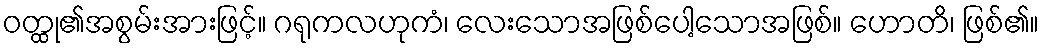
ဝတ္ထု၏အစွမ်းအားဖြင့်။ ဂရုကလဟုကံ၊ လေးသောအဖြစ်ပေါ့သောအဖြစ်။ ဟောတိ၊ ဖြစ်၏။